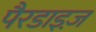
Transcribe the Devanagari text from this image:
पैरडाइज़